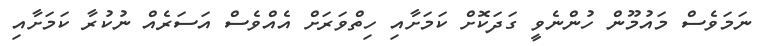
ނަމަވެސް މައުމޫން ހުންނެވީ ގަދަކޮށް ކަމަށާއި ހިތްވަރަށް އެއްވެސް އަސަރެއް ނުކުރާ ކަމަށާއި